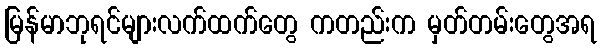
မြန်မာဘုရင်များလက်ထက်တွေ ကတည်းက မှတ်တမ်းတွေအရ